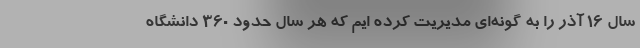
سال ۱۶ آذر را به گونه‌ای مدیریت کرده ایم که هر سال حدود ۳۶۰ دانشگاه